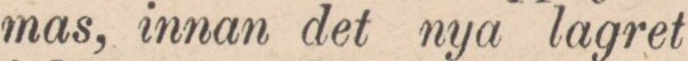
mas, innan det nya lagret